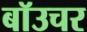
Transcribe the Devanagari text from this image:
बॉउचर